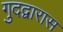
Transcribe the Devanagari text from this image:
गुदद्वारास